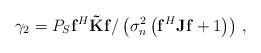
LaTeX: \begin{align*}\gamma_2 = P_S \mathbf{f}^H \mathbf{\tilde{K}} \mathbf{f}/\left(\sigma_n^2 \left( \mathbf{f}^H\mathbf{J}\mathbf{f} + 1 \right)\right)\,,\end{align*}